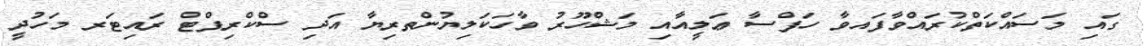
ގައި މަސައްކަތްކުރައްވާފައވާ ހަފްސާ ޢަލީއާއި މަޝްހޫރު ވާހަކަލިޔުންތރިޔާ އަދި ސްކްރިޕްޓް ރައިޓަރ މަހުދީ